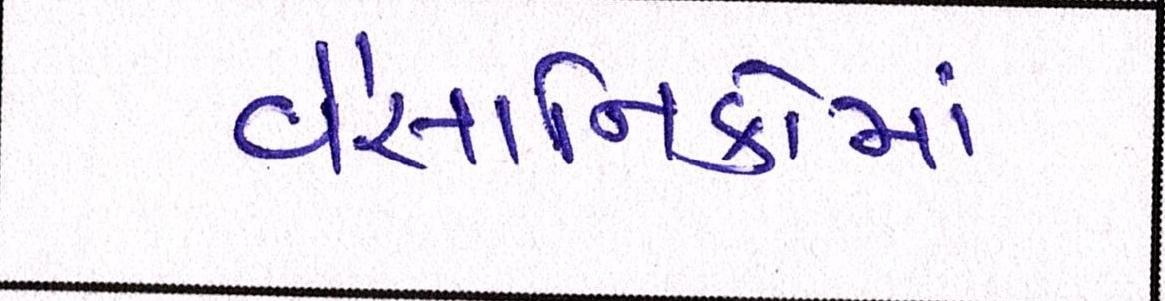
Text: વૈજ્ઞાાનિકોમાં